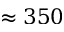
\approx 3 5 0